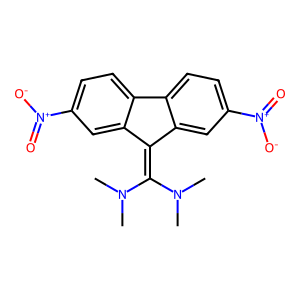
SMILES: CN(C)C(=C1c2cc([N+](=O)[O-])ccc2-c2ccc([N+](=O)[O-])cc21)N(C)C
Inhibits HIV replication: No